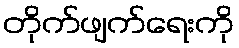
တိုက်ဖျက်ရေးကို